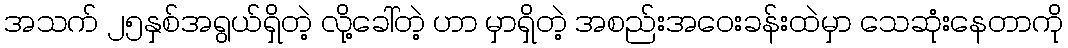
အသက် ၂၅နှစ်အရွယ်ရှိတဲ့ လို့ခေါ်တဲ့ ဟာ မှာရှိတဲ့ အစည်းအဝေးခန်းထဲမှာ သေဆုံးနေတာကို